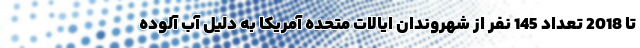
تا 2018 تعداد 145 نفر از شهروندان ایالات متحده آمریکا به دلیل آب آلوده